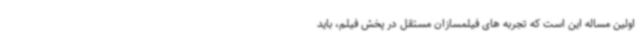
اولین مساله این است که تجربه های فیلمسازان مستقل در پخش فیلم، باید